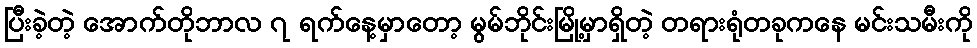
ပြီးခဲ့တဲ့ အောက်တိုဘာလ ၇ ရက်နေ့မှာတော့ မွမ်ဘိုင်းမြို့မှာရှိတဲ့ တရားရုံတခုကနေ မင်းသမီးကို